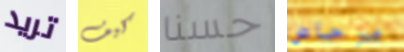
تريد كيف حسنا مرحاض